Lunatic asylums Madras 1892-1911 - 1892-1911
Year: 1892
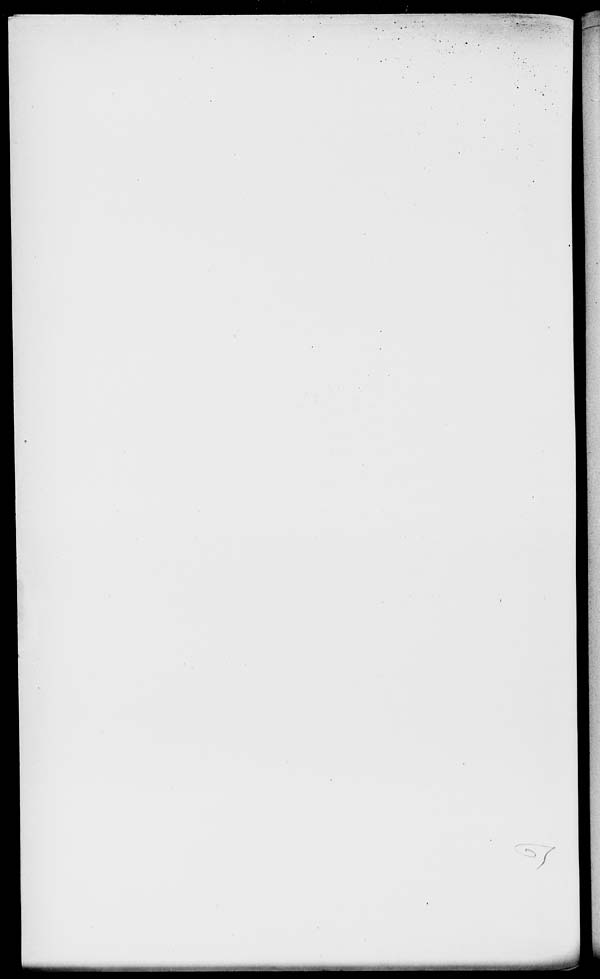
'/